Scottish Leaving Certificate Examination, 1952
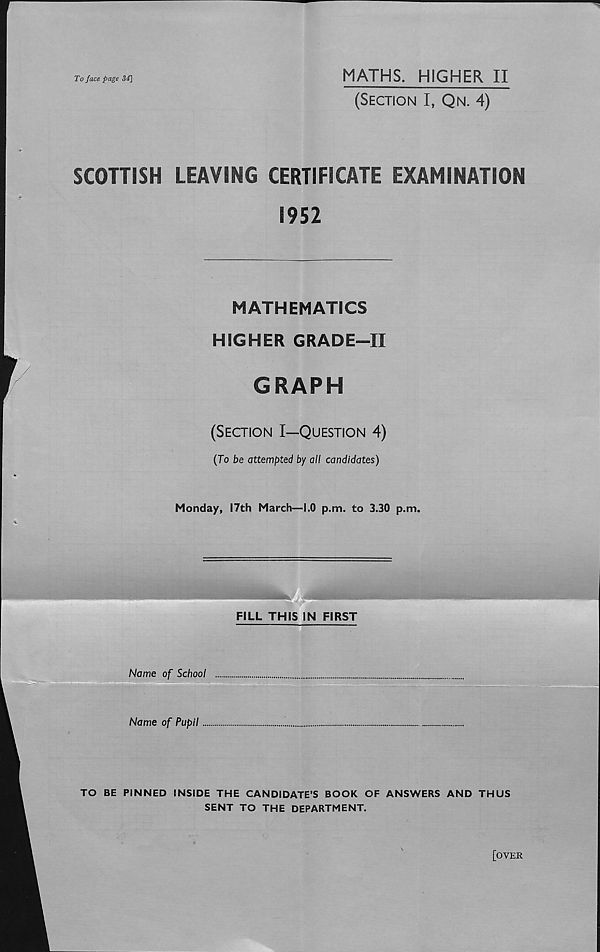
To face page 34]
MATHS. HIGHER II
(Section I, Qn. 4)
SCOTTISH LEAVING CERTIFICATE EXAMINATION
1952
MATHEMATICS
HIGHER GRADE—II
GRAPH
(Section I—Question 4)
(To be attempted by all candidates)
Monday, 17th March—1.0 p.m. to 3.30 p.m.
FILL THIS IN FIRST
Name of School
Name of Pupil
!
TO BE PINNED INSIDE THE CANDIDATE’S BOOK OF ANSWERS AND THUS
SENT TO THE DEPARTMENT.
[OVER